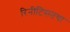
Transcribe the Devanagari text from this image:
रिनीटिसतथा